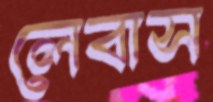
লেবাস